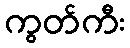
ကွတ်ကီး